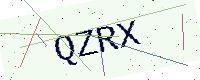
Text: QZRX